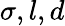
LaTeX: \sigma,l,d